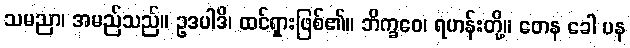
သမညာ၊ အမည်သည်။ ဥဒပါဒိ၊ ထင်ရှားဖြစ်၏။ ဘိက္ခဝေ၊ ရဟန်းတို့။ တေန ခေါ ပန